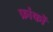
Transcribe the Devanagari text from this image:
फ्रांकों